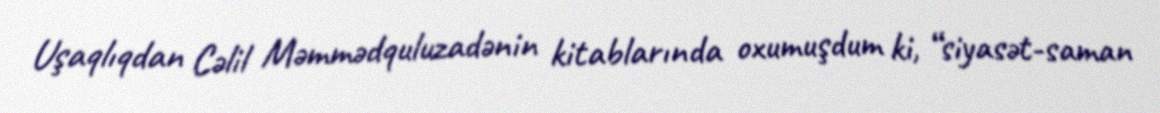
Uşaqlıqdan Cəlil Məmmədquluzadənin kitablarında oxumuşdum ki, “siyasət-saman